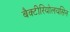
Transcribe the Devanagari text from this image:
बैक्टीरियोलयसिन